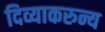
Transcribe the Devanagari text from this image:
दिव्याकरुन्य